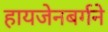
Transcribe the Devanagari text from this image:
हायजेनबर्गने